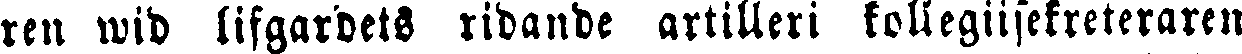
ren wid lifgardets ridande artilleri kollegiisekreteraren